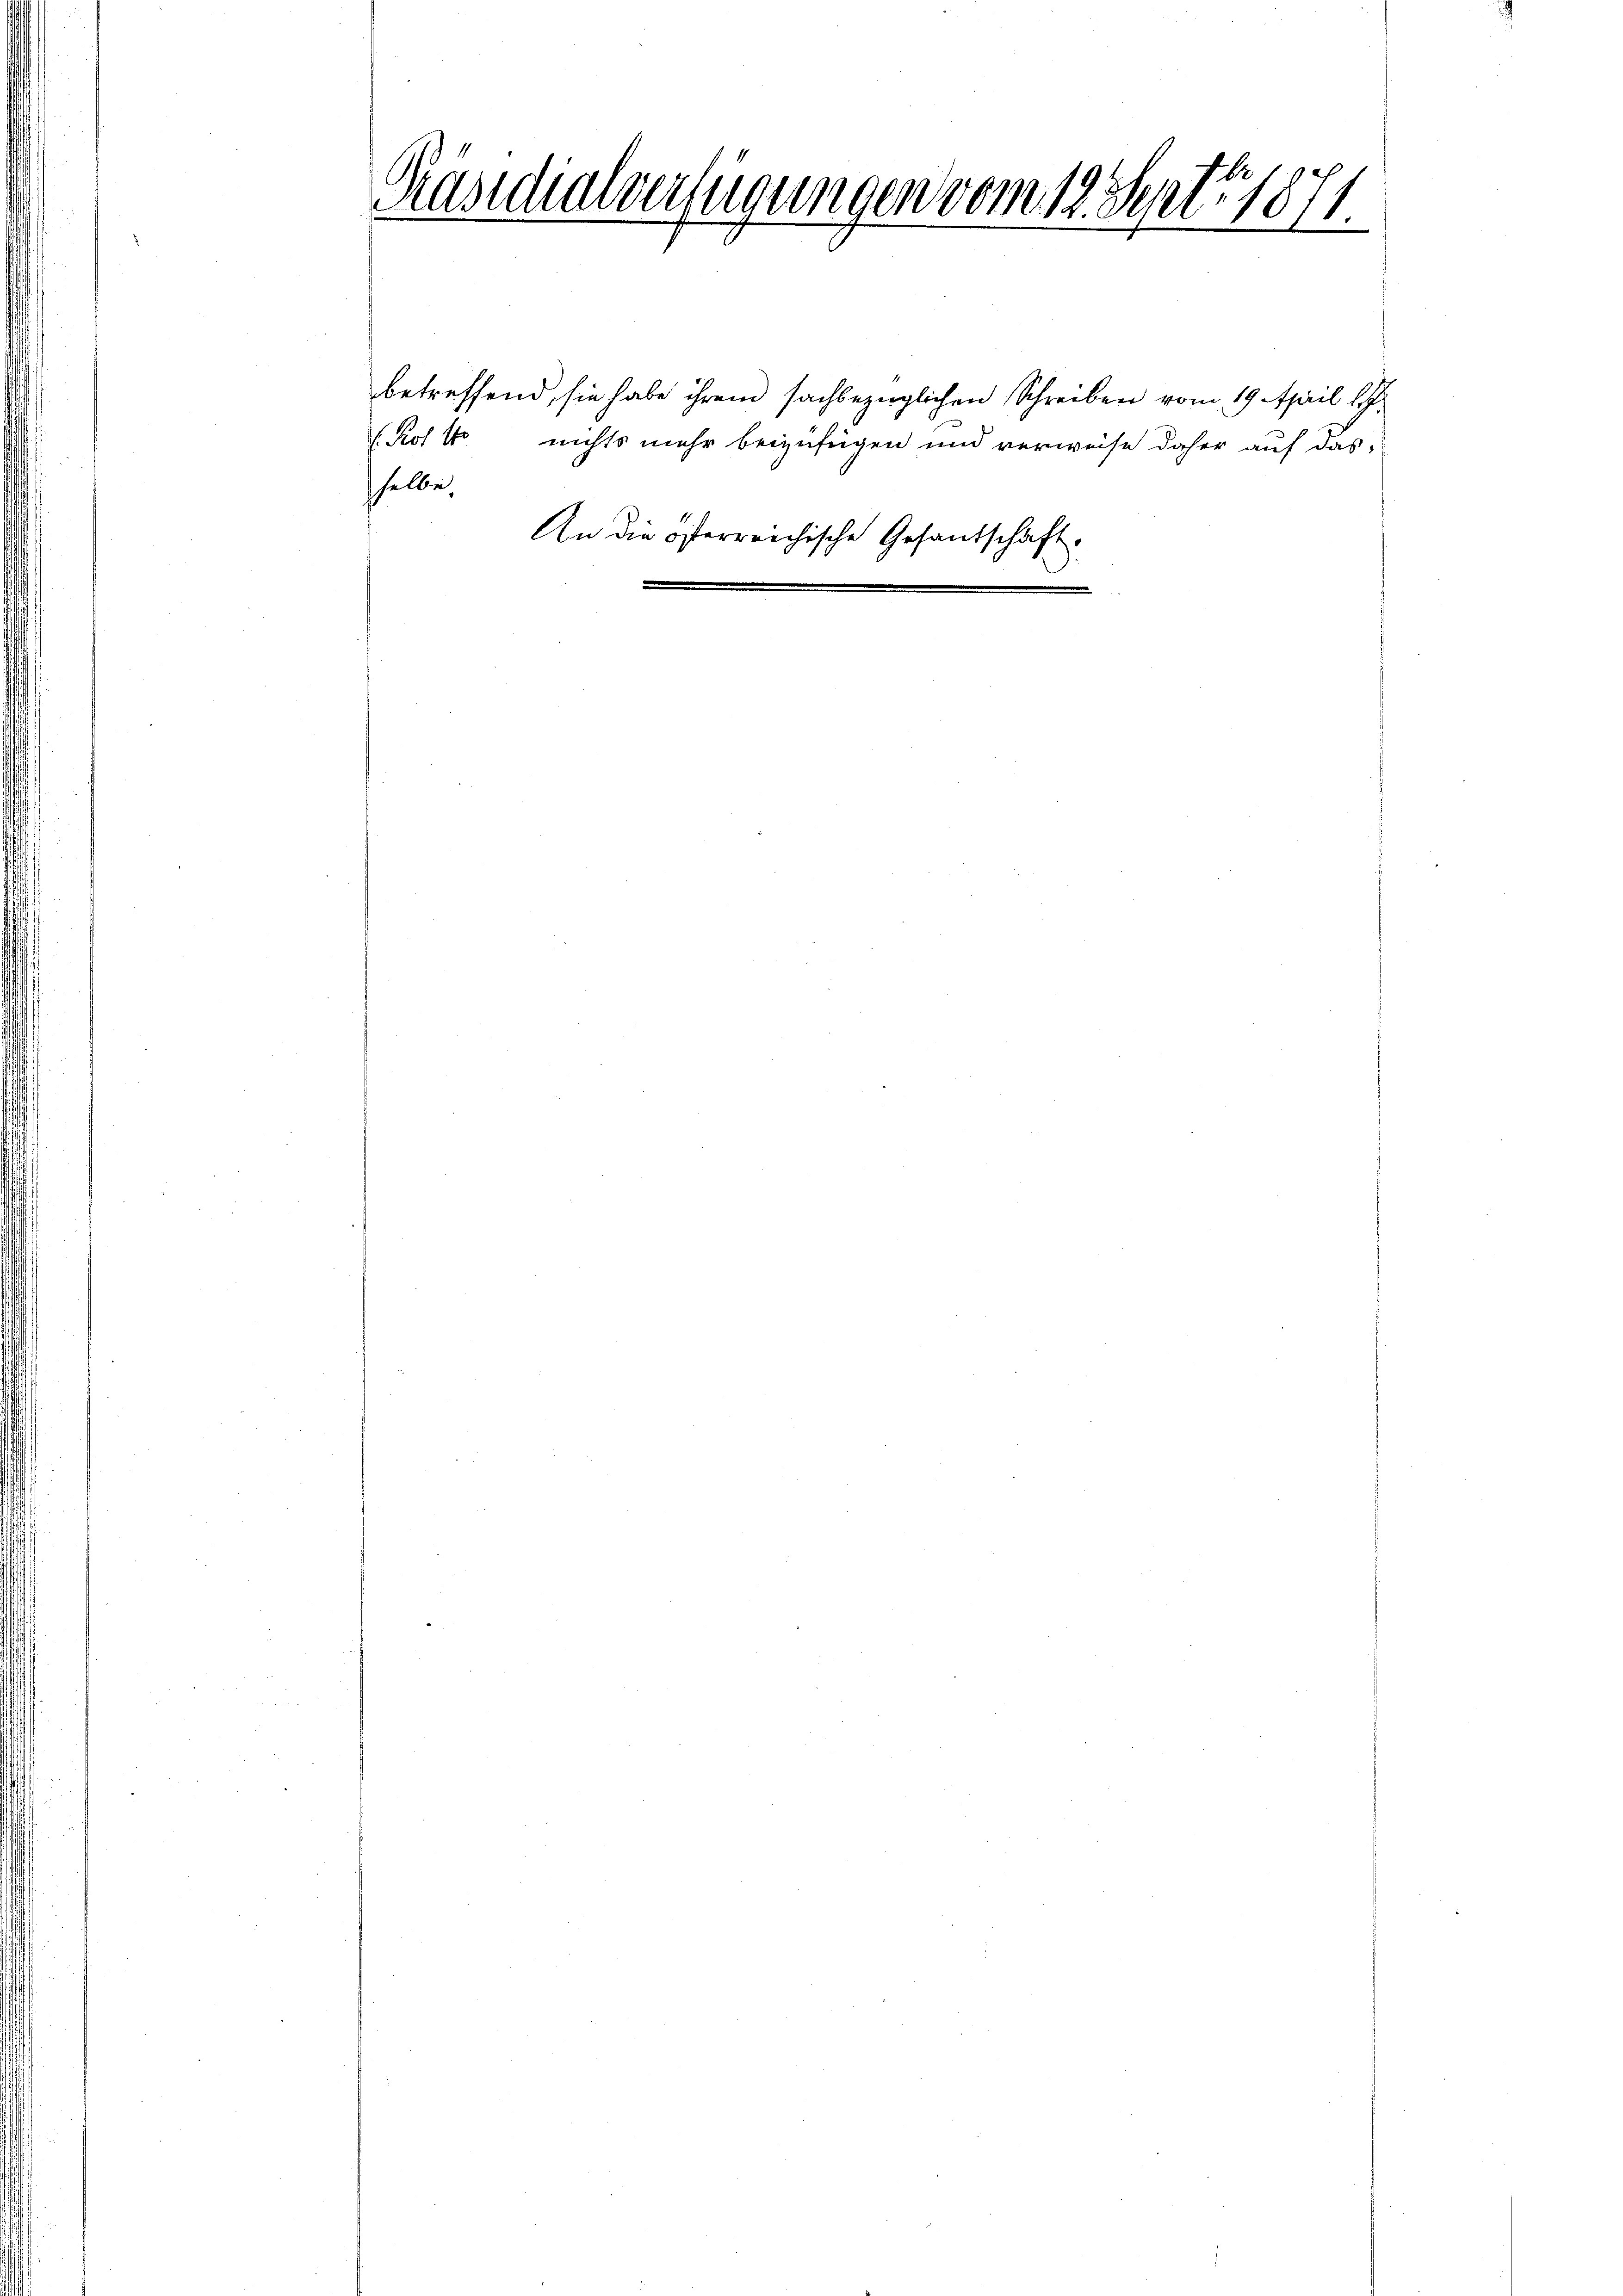
.
Präsidialverfügungen vom 12. Feri. 1871.

betreffend, sie habe ihrem sachbezüglichen Schreiben vom 19. April l.
(Rot 10. nichts mehr beizufügen und verweise daher auf das
sselbe,
An die österreichische Gesandschaft.